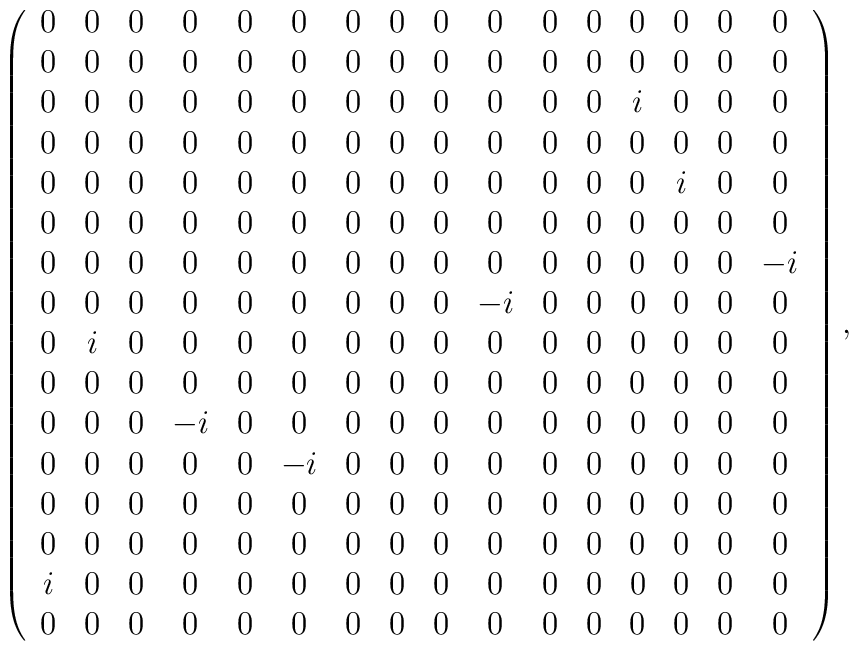
\left(    \begin{array}{cccccccccccccccc}     0&0&0&0&0&0&0&0&0&0&0&0&0&0&0&0\\     0&0&0&0&0&0&0&0&0&0&0&0&0&0&0&0\\     0&0&0&0&0&0&0&0&0&0&0&0&i&0&0&0\\     0&0&0&0&0&0&0&0&0&0&0&0&0&0&0&0\\     0&0&0&0&0&0&0&0&0&0&0&0&0&i&0&0\\     0&0&0&0&0&0&0&0&0&0&0&0&0&0&0&0\\     0&0&0&0&0&0&0&0&0&0&0&0&0&0&0&-i\\     0&0&0&0&0&0&0&0&0&-i&0&0&0&0&0&0\\     0&i&0&0&0&0&0&0&0&0&0&0&0&0&0&0\\     0&0&0&0&0&0&0&0&0&0&0&0&0&0&0&0\\     0&0&0&-i&0&0&0&0&0&0&0&0&0&0&0&0\\     0&0&0&0&0&-i&0&0&0&0&0&0&0&0&0&0\\     0&0&0&0&0&0&0&0&0&0&0&0&0&0&0&0\\     0&0&0&0&0&0&0&0&0&0&0&0&0&0&0&0\\     i&0&0&0&0&0&0&0&0&0&0&0&0&0&0&0\\     0&0&0&0&0&0&0&0&0&0&0&0&0&0&0&0    \end{array}\right),